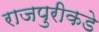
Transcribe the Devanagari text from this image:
राजपुरीकडे